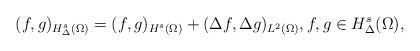
LaTeX: \begin{align*} (f,g)_{H^s_\Delta(\Omega)}=(f,g)_{H^s(\Omega)}+(\Delta f,\Delta g)_{L^2(\Omega)},f,g\in H^s_\Delta(\Omega),\end{align*}